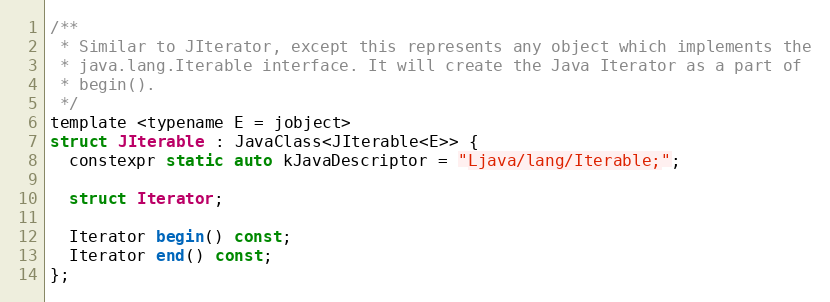
Language: C
/**
 * Similar to JIterator, except this represents any object which implements the
 * java.lang.Iterable interface. It will create the Java Iterator as a part of
 * begin().
 */
template <typename E = jobject>
struct JIterable : JavaClass<JIterable<E>> {
  constexpr static auto kJavaDescriptor = "Ljava/lang/Iterable;";

  struct Iterator;

  Iterator begin() const;
  Iterator end() const;
};